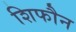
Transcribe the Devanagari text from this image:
शिफौन